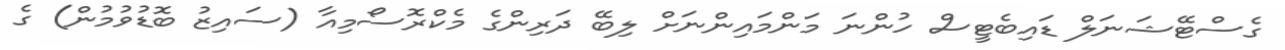
ގެސްޓޭޝަނަލް ޑައިބެޓީސް ހުންނަ މަންމައިންނަށް ލިބޭ ދަރިންގެ މެކްރޮސޯމިއާ (ސައިޒު ބޮޑުވުމުން) ގެ